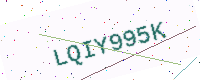
Text: LQIY995K